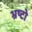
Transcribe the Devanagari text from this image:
भ्रष्टो